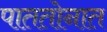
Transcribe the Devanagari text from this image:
पाततोनात